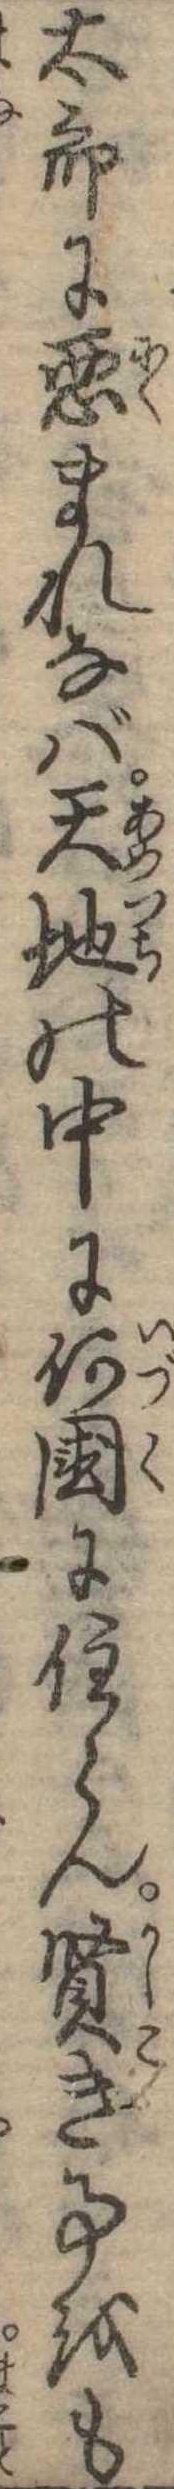
太郎に悪まれなば天地の中に何国に住らん賢き事をも